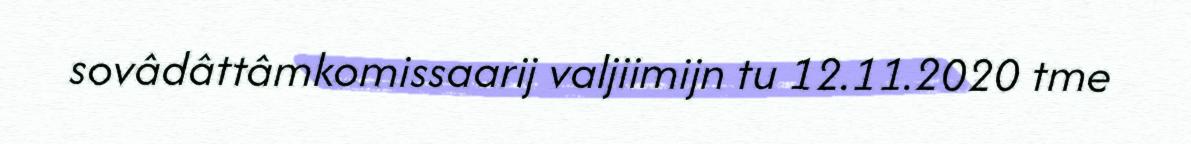
sovâdâttâmkomissaarij valjiimijn tu 12.11.2020 tme